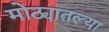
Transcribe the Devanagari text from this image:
मोठ्यातल्या